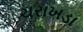
ચરાખડા